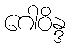
ဂေါဝိန္ဒ